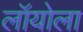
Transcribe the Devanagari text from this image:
लॉयोला